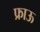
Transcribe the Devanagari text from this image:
फ्राऊ